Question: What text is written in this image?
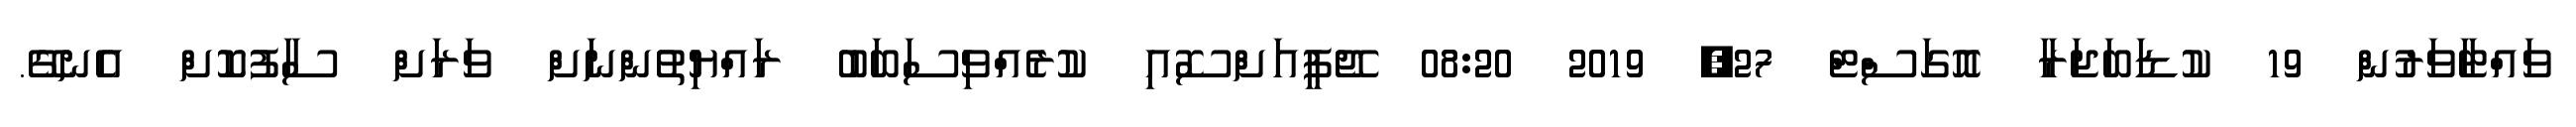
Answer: ވައްޓާވަރުން 19 ކުޑަބަޖަރާ އޮގަސްޓް 27, 2019 08:20 ޖޭޕީއަށްސޮއި ކުރެއްވިސަބަބު ރައްޔިތުންނަށް ވަރަށް ސާފުކޮށް އެނގޭ.